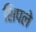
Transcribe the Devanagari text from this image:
शिपले